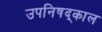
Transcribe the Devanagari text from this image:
उपनिषद्काल